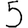
Digit: 5